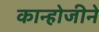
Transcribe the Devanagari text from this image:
कान्होजीने